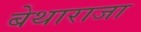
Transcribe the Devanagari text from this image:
बेथाराजा